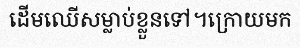
ដើមឈើសម្លាប់ខ្លួនទៅ។ក្រោយមក